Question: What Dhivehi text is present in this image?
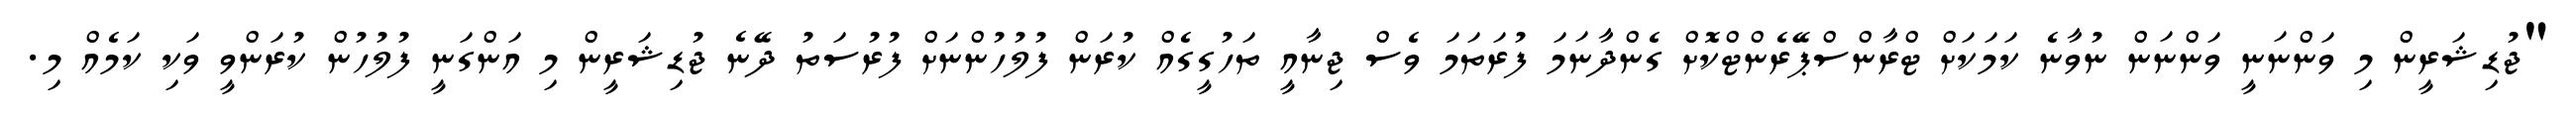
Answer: "ޖުޑިޝަރީން މި ވަންނަނީ ވަންނަން ނުވާނެ ކަމަކަށް ޓްރާންސްޕޭރެންޓްކޮށް ގެންދާނަމަ ފުރަތަމަ ވެސް ޖިނާއީ ތަހުގީގެއް ކުރަން ފުލުހުންނަށް ފުރުސަތު ދޭނެ ޖުޑިޝަރީން މި އަންގަނީ ފުލުހުން ކުރަންވީ ވަކި ކަމެއް މި.